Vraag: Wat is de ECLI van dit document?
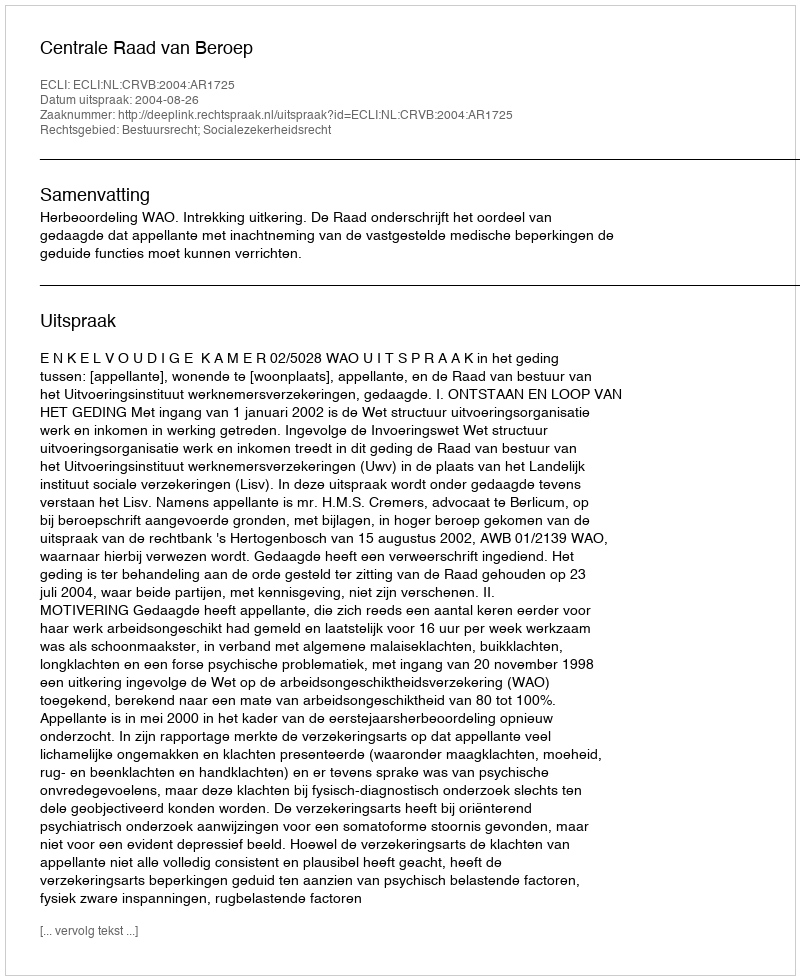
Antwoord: ECLI:NL:CRVB:2004:AR1725